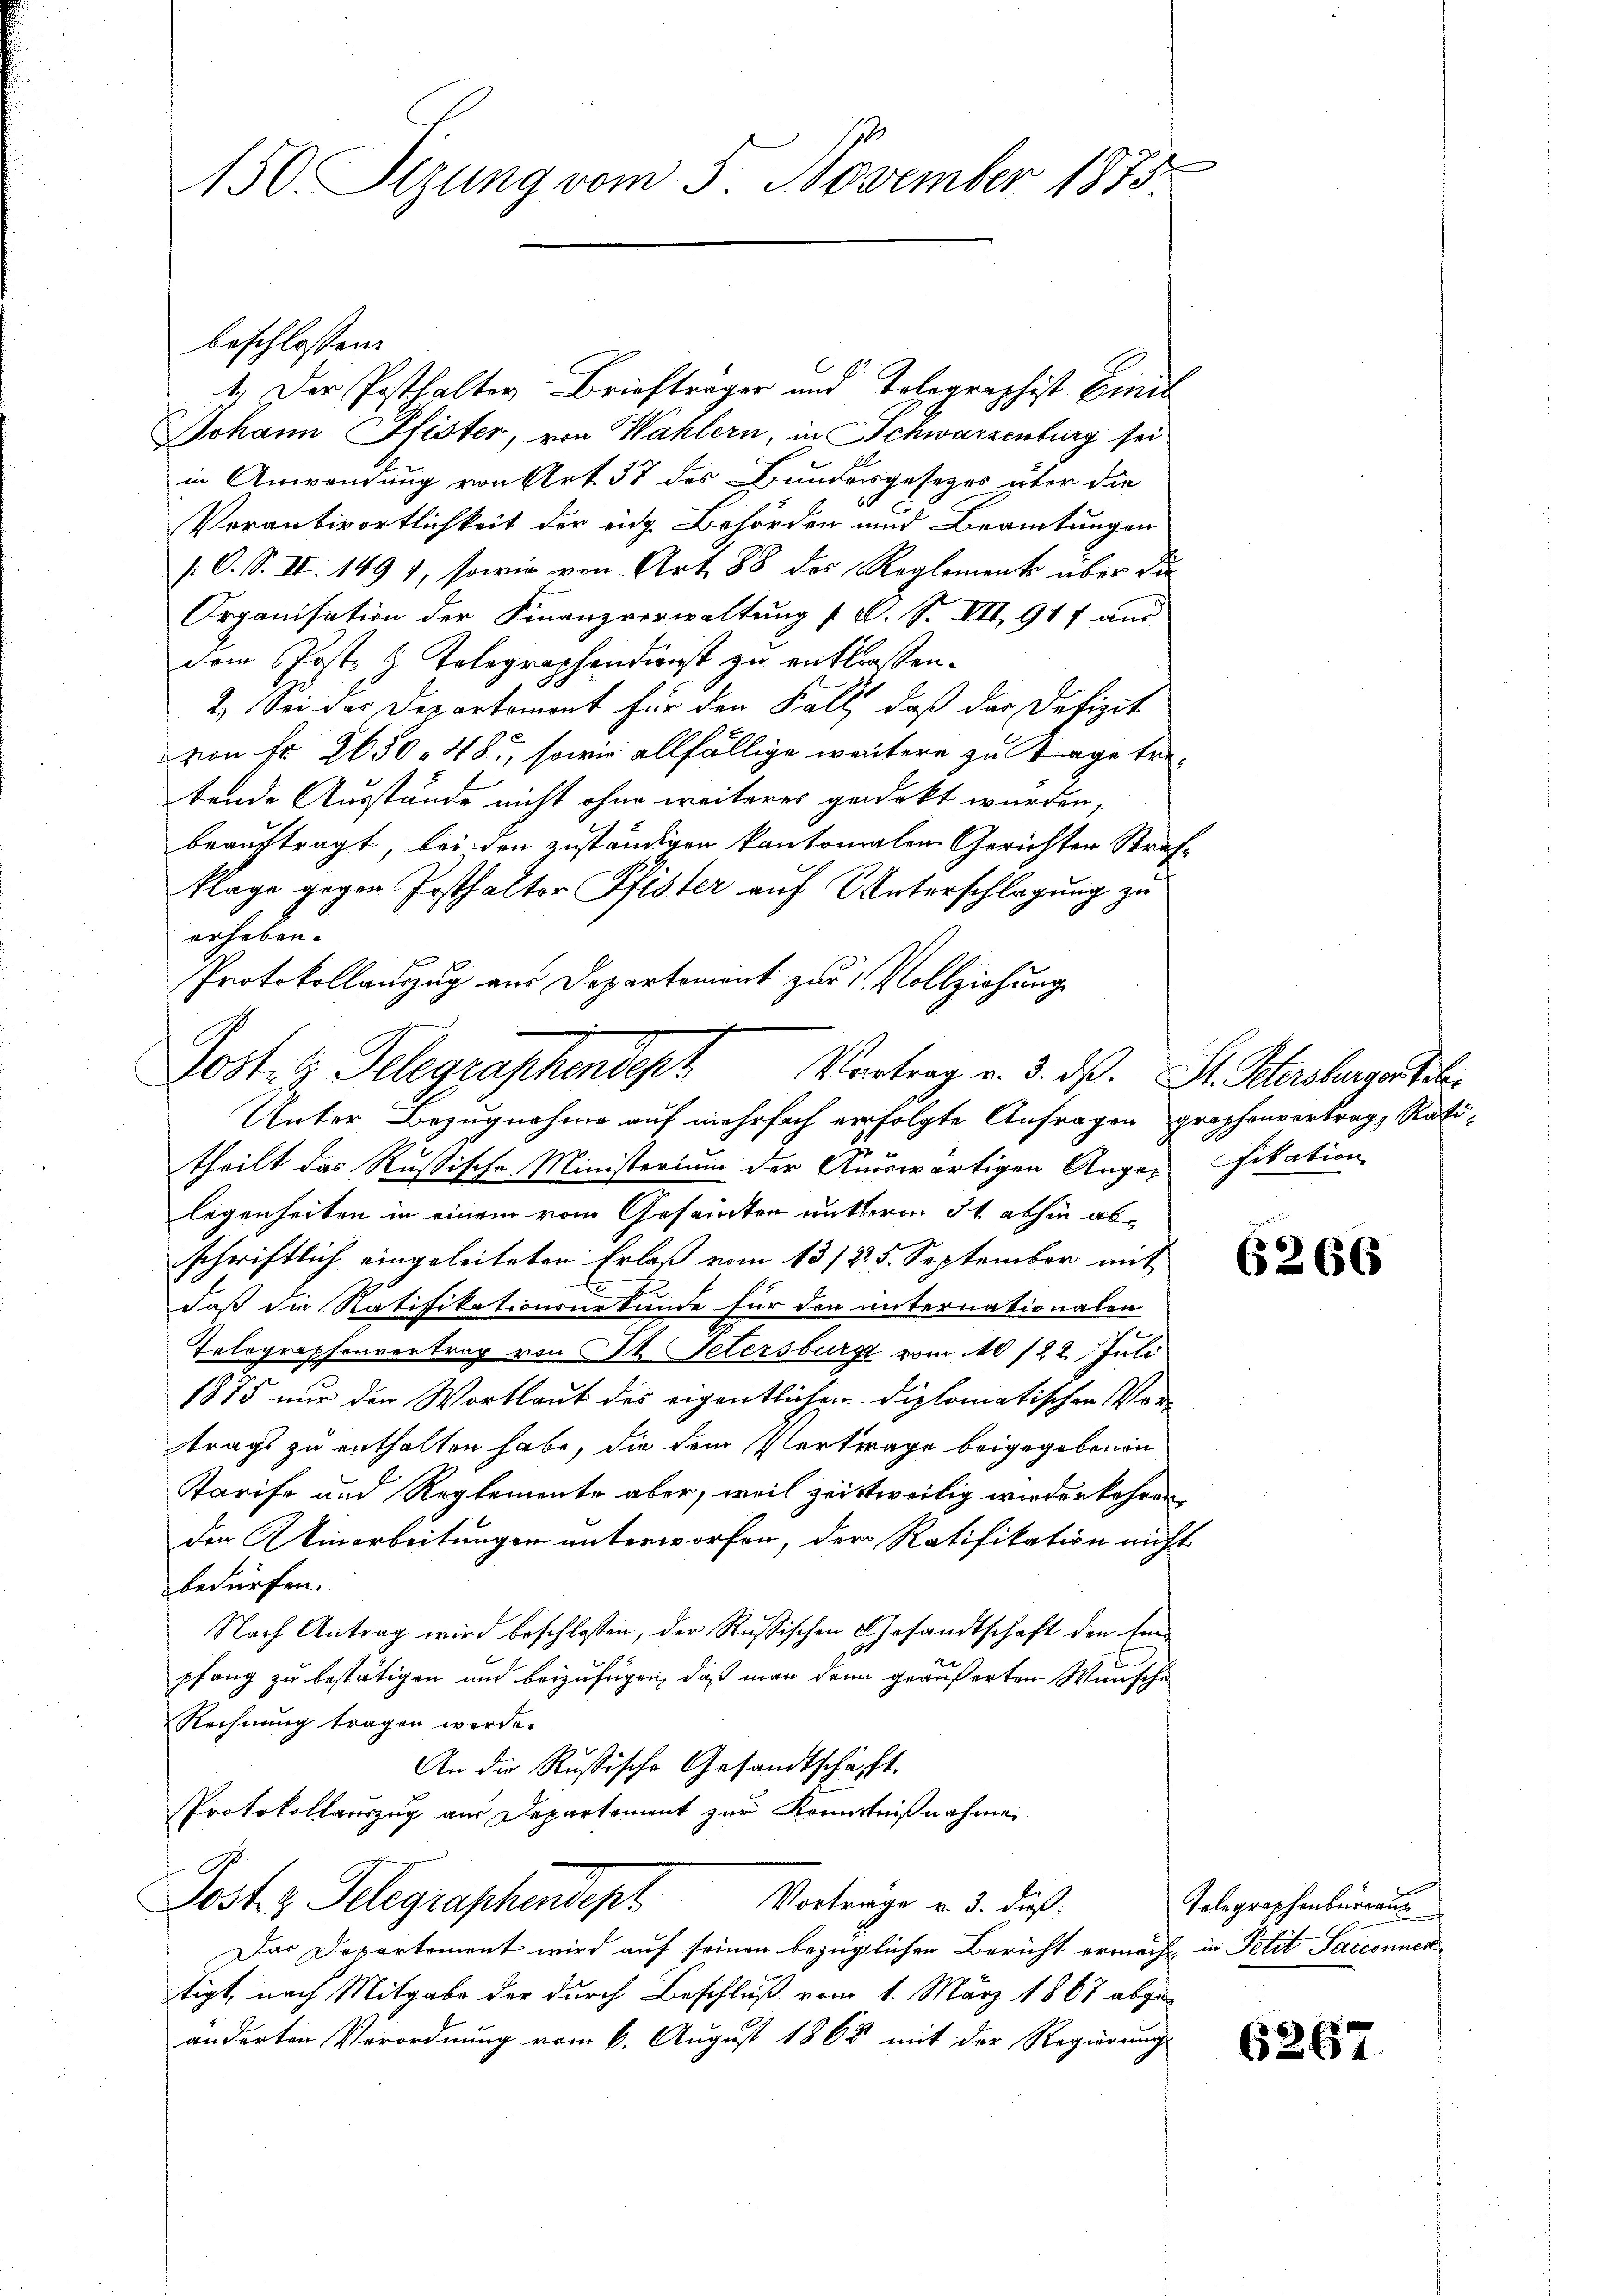
150. Sizung vom 5. November 1875.

beschlossen:
1.) Der Posthalter Briefträger und Telegraphist Emil
Johann Pfister, von Wahlern, in Schwarzenburg sei
in Anwendung von Art. 37 des Bundersgesezes aber die
60
Verantwortlichkeit der eidg. Behörden und Beamtungen
/. O. S. II. 1497, sowie von Art. 88 des Reglements über die
Organisation der Finanzverwaltŭng / M. S. VII 917 aus.
dem Post- & Telegraphendienst zu entlassen.
2. Sei das Departement für den Fall, daß der Defizit
von Fr. 2650. 48, sowie allfällige weitere zu trage trebende Ausstände nicht ohne weiteres gedeckt wurden,
beauftragt, bei den zuständigen kantonalen Gerichten Strafklage gegen Josthalter Pfister auf Unterschlagung zu
erheben.
Protokollauszug aus Departement zur 1 Vollziehung
u
Unter Bezugnahme auf mehrfach erfolgte Anfragen grophenvertrag, Ratitheilt das Rußische Ministerium der Auswärtigen Augen fikation
legenheiten in einem vom Gesandten mutterm 31. abhin abschriftlich eingeleiteten Erlaß vom 13/22. 5. September mit
E
daß die Ratifikationsurkunde für den unternationalen
Telegraphenvertrag von St. Petersburg vom 10/22. Juli
1875 nur den Wortlaut des eigentlichen Diplomatischen Verträgt zu enthalten habe, die dem Vertrage beigegebenen
Tarife und Reglemente aber, weil zeittweilig wiederkehren,
den inarbeitungen unterworfen, der Ratifikation nicht
bedürfen.
Nach Antrag wird beschlossen, der Russischen Gesandtschaft den Ein
pfang zu bestätigen und beizufügen, daß man denn geäußerten Wunsche
Rechnung tragen werde.
An die Rußische Gesandtschäfft
Protokollauszug aus Departement zur Kenntnißnahmen.
Post z. Telegraphensept
Vortrage v. 3. dieß:
Das Departement wird auf seinen bezüglichen Bericht ermächt in Petit Sacconnen
tigt, nach Mitgabe der durch Beschluß vom 1. März 1867 abgeänderten Verordnung vom 6. August 1868 mit der Regierungs

Post. H. Gelegraphendert Vortrag v. 3. ds. S. Scherchenartier

6266

Telegraphenburgau

6267